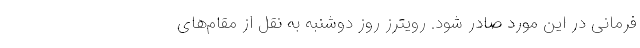
فرمانی در این مورد صادر شود. رویترز روز دوشنبه به نقل از مقام‌های